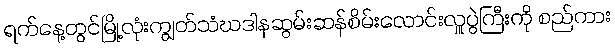
ရက်နေ့တွင်မြို့လုံးကျွတ်သံဃဒါနဆွမ်းဆန်စိမ်းလောင်းလှူပွဲကြီးကို စည်ကား